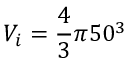
V _ { i } = \frac { 4 } { 3 } \pi 5 0 ^ { 3 }